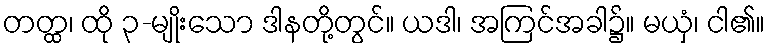
တတ္ထ၊ ထို ၃-မျိုးသော ဒါနတို့တွင်။ ယဒါ၊ အကြင်အခါ၌။ မယှံ၊ ငါ၏။